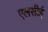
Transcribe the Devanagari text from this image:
एलसीई